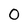
Character: 0